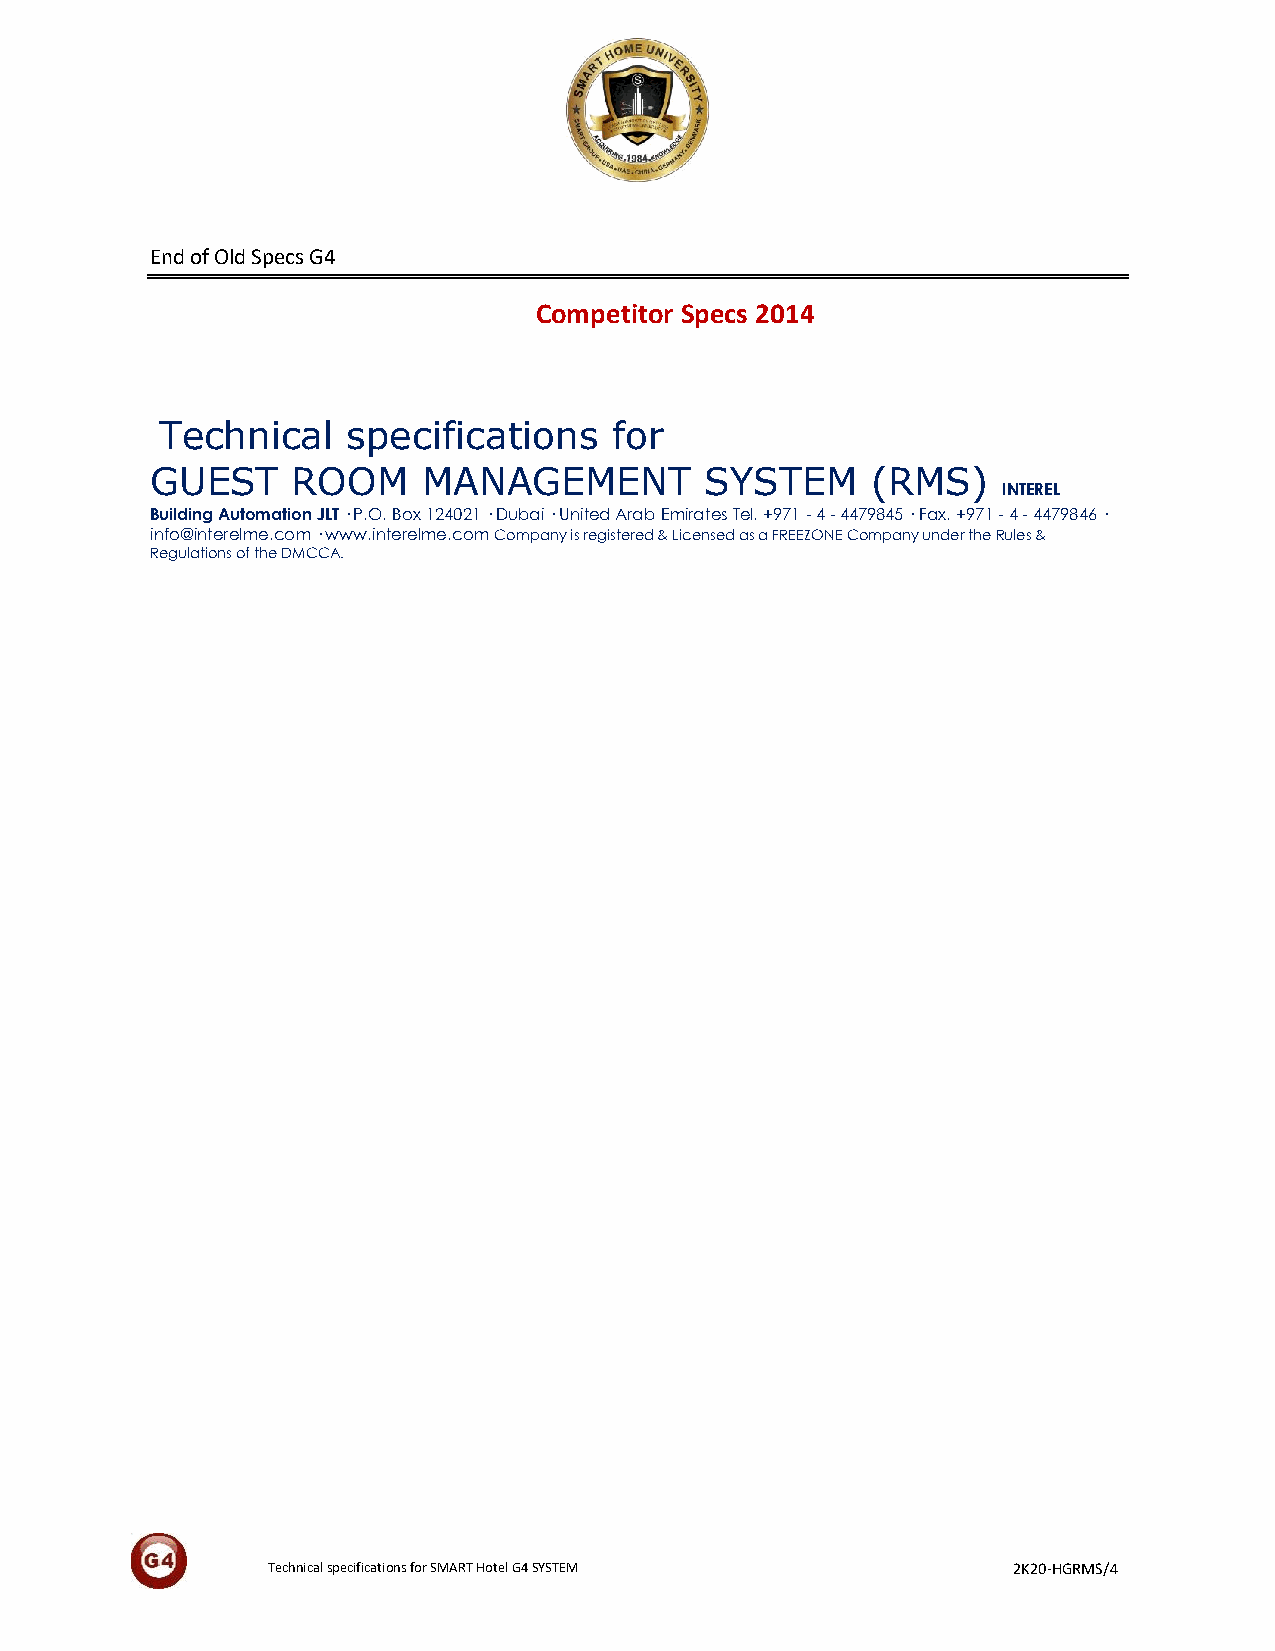
End of Old Specs G4
 Competitor Specs 2014
 Technical   specifications    for
 GUEST    ROOM     MANAGEMENT         SYSTEM     (RMS)
 INTEREL
 Building Automation JLT · P.O. Box 124021 · Dubai · United Arab Emirates Tel. +971 - 4 - 4479845 · Fax. +971 - 4 - 4479846 ·
 info@interelme.com · www.interelme.com Company is registered & Licensed as a FREEZONE Company under the Rules &
 Regulations of the DMCCA.
 Technical specifications for SMART Hotel G4 SYSTEM 2K20-HGRMS/4